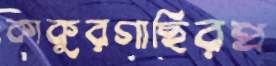
কাকুরগাছিরপ্র